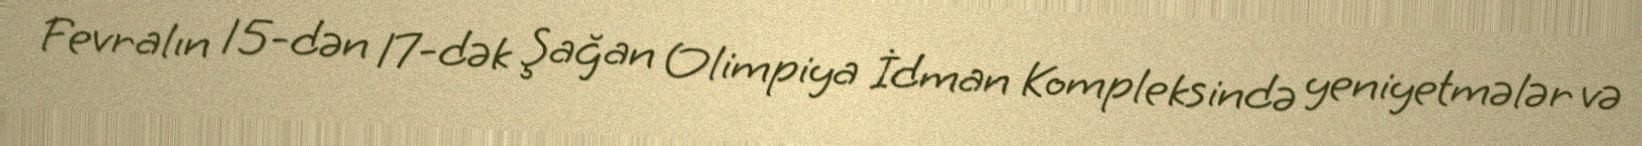
Fevralın 15-dən 17-dək Şağan Olimpiya İdman Kompleksində yeniyetmələr və